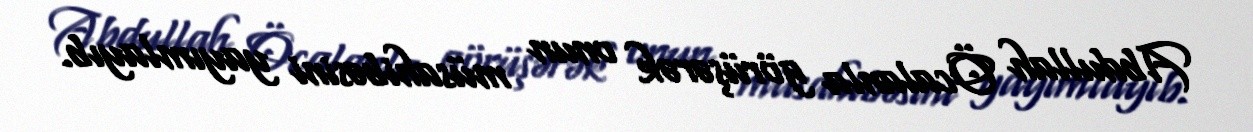
Abdullah Öcalanla görüşərək onun müsahibəsini yayımlayıb.